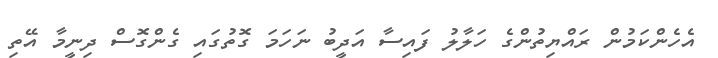
އެހެންކަމުން ރައްޔިތުންގެ ހަލާލު ފައިސާ އަދީބު ނަހަމަ ގޮތުގައި ގެންގޮސް ދިނީމާ އޭތި